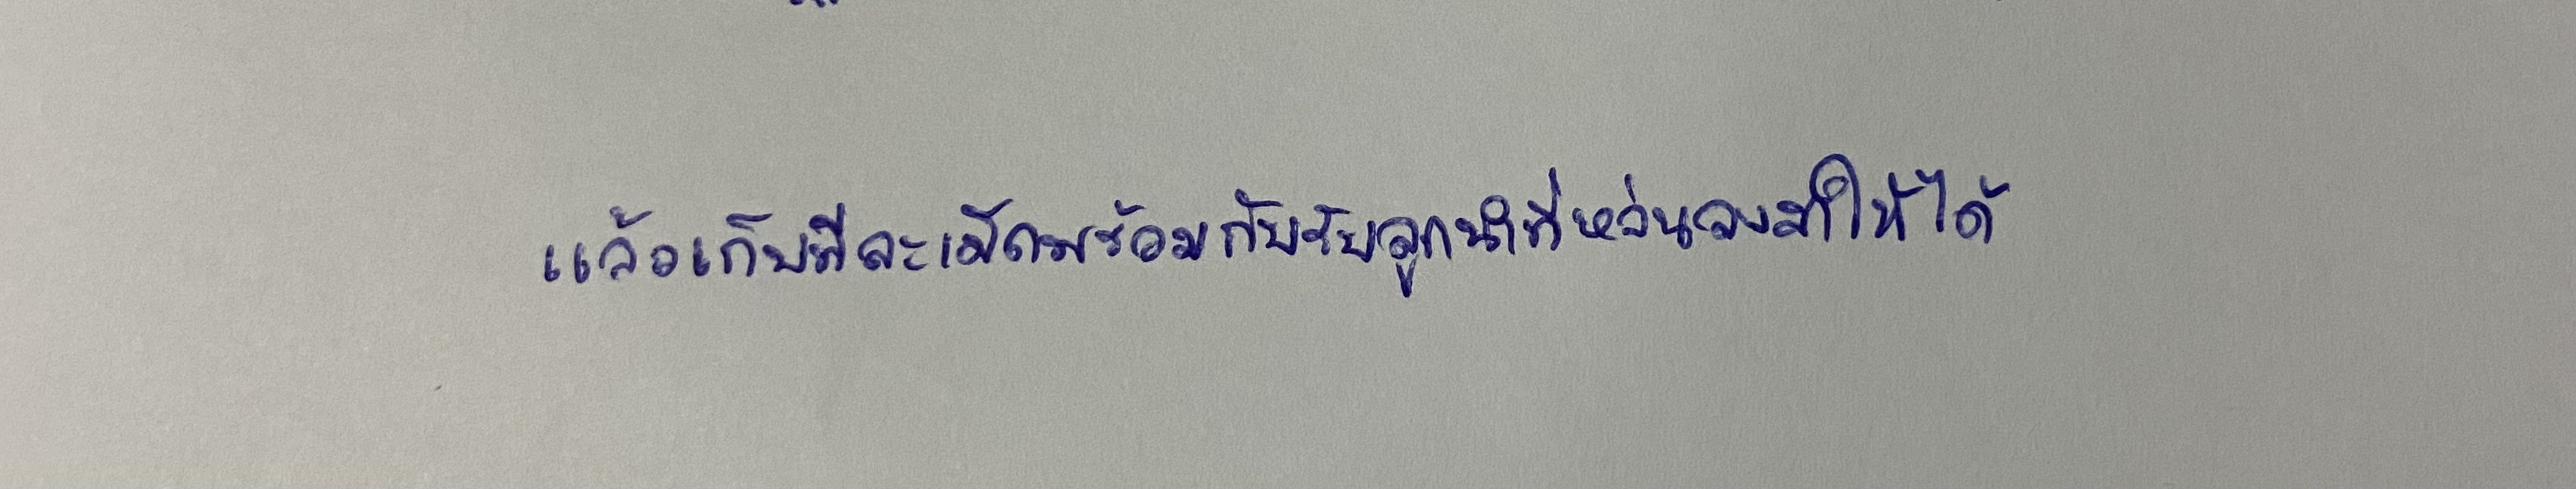
แล้วเก็บทีละเม็ดพร้อมกับรับลูกนำที่หล่นลงมาให้ได้